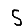
Digit: 5